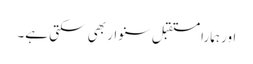
اور ہمارا مستقبل سنوار بھی سکتی ہے۔